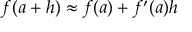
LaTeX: f ( a + h ) \approx f ( a ) + f ^ { \prime } ( a ) h